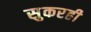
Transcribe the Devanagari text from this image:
सुकरही